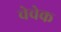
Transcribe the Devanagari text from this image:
चेचेक